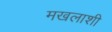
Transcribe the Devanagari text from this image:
मखलाशी